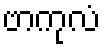
ဗာကုလံ